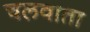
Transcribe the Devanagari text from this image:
चलवाता